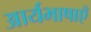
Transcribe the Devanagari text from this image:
आर्यभाषाएँ